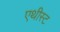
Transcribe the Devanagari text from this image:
एथीस्ट